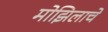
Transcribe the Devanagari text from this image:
मोझिलाचे